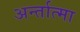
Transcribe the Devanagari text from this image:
अर्न्तात्मा